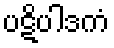
ပဋိပါဒကံ